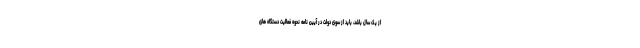
از یک سال باشد، باید از سوی دولت در آیین نامه نحوه فعالیت دستگاه های